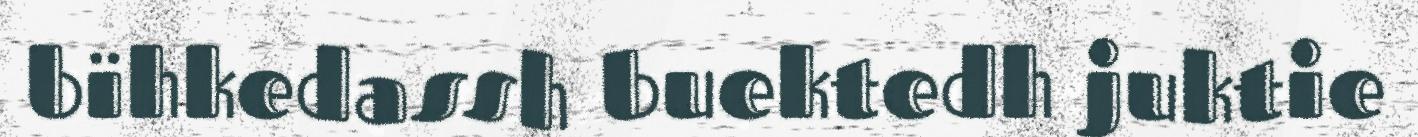
bïhkedassh buektedh juktie